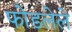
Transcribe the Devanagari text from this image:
फोडलेले